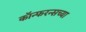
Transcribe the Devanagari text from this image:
कॉन्फरन्सच्या